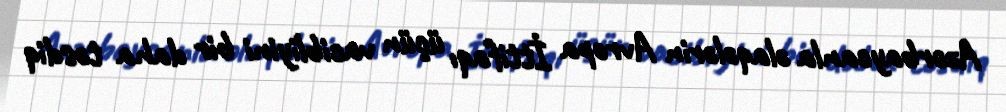
Azərbaycanla əlaqələrin Avropa İttifaqı üçün vacibliyini bir daha təsdiq